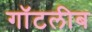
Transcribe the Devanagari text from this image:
गॉटलीब